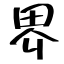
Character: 界